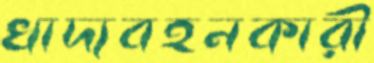
খাদ্যবহনকারী